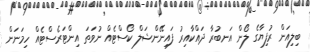
ބިލިއަން ރުފިޔާގެ ލޯން އަނބުރާ ދައްކާއިރު ފައިނޭންޝަލް ކޯސްޓެއް ނުވަތަ އިންޓަރެސްޓެއް ހިމަނަން